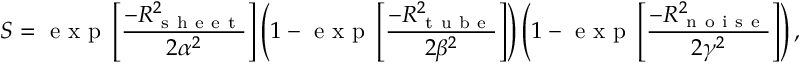
S = \mathrm { ~ e ~ x ~ p ~ } \left[ \frac { - R _ { \mathrm { ~ s ~ h ~ e ~ e ~ t ~ } } ^ { 2 } } { 2 \alpha ^ { 2 } } \right] \left( 1 - \mathrm { ~ e ~ x ~ p ~ } \left[ \frac { - R _ { \mathrm { ~ t ~ u ~ b ~ e ~ } } ^ { 2 } } { 2 \beta ^ { 2 } } \right] \right) \left( 1 - \mathrm { ~ e ~ x ~ p ~ } \left[ \frac { - R _ { \mathrm { ~ n ~ o ~ i ~ s ~ e ~ } } ^ { 2 } } { 2 \gamma ^ { 2 } } \right] \right) ,